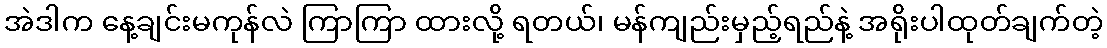
အဲဒါက နေ့ချင်းမကုန်လဲ ကြာကြာ ထားလို့ ရတယ်၊ မန်ကျည်းမှည့်ရည်နဲ့ အရိုးပါထုတ်ချက်တဲ့